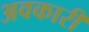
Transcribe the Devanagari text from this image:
अवकारी